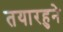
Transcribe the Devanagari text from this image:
तयारहुने